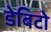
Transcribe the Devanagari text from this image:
डेबिटो